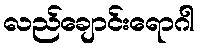
လည်ချောင်းရောဂါ